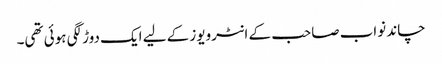
چاند نواب صاحب کے انٹرویوز کے لیے ایک دوڑ لگی ہوئی تھی۔